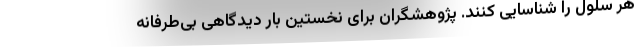
هر سلول را شناسایی کنند. پژوهشگران برای نخستین بار دیدگاهی بی‌طرفانه